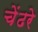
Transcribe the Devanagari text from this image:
चेंढरे